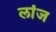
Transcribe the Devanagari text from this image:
लांज